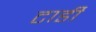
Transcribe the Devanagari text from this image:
टार्डी